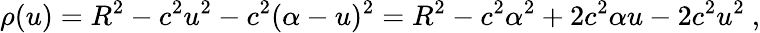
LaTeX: \rho(u)=R^{2}-c^{2}u^{2}-c^{2}(\alpha-u)^{2}=R^{2}-c^{2}\alpha^{2}+2c^{2}\alpha u-2c^{2}u^{2}\ ,